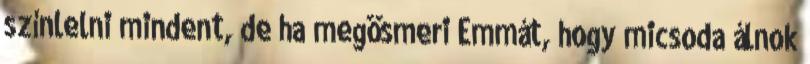
színlelni mindent, de ha megösmeri Emmát, hogy micsoda álnok